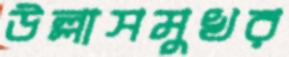
উল্লাসমুখর